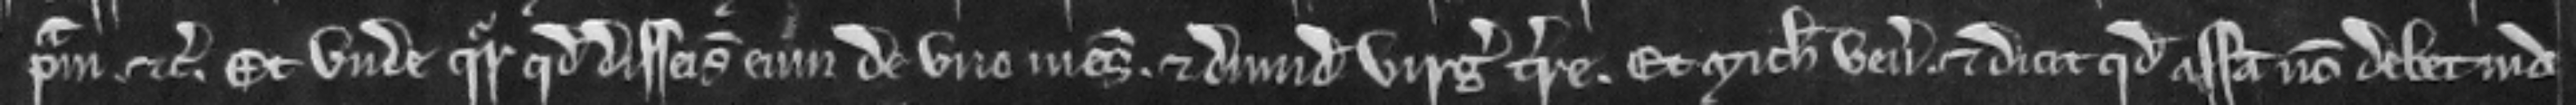
primam etc. Et unde queritur quod disseisivit eum de uno mesuagio et dimidia virgata terre. Et Michaelis venit et dicit quod assisa non deberi de